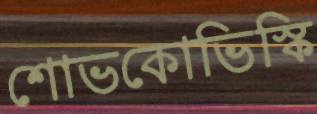
শোভকোভিস্কি